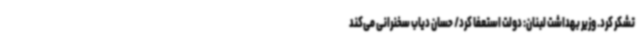
تشکر کرد. وزیر بهداشت لبنان: دولت استعفا کرد/ حسان دیاب سخنرانی می‌کند